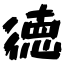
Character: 徳